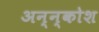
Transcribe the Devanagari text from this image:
अन्‍न्कोश